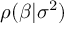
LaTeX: \rho ( { \boldsymbol { \beta } } | \sigma ^ { 2 } )